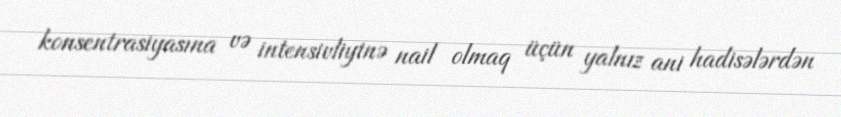
konsentrasiyasına və intensivliyinə nail olmaq üçün yalnız ani hadisələrdən